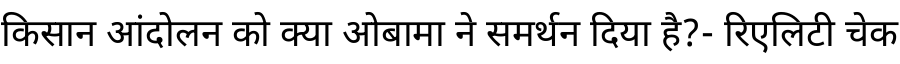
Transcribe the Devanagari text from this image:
किसान आंदोलन को क्या ओबामा ने समर्थन दिया है?- रिएलिटी चेक